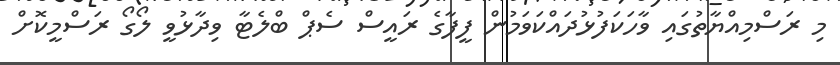
މި ރަސްމިއްޔާތުގައި ވާހަކަފުޅުދައްކަވަމުން ފީފާގެ ރައީސް ސެޕް ބްލެޓާ ވިދާޅުވީ ލޯގޯ ރަސްމީކޮށް